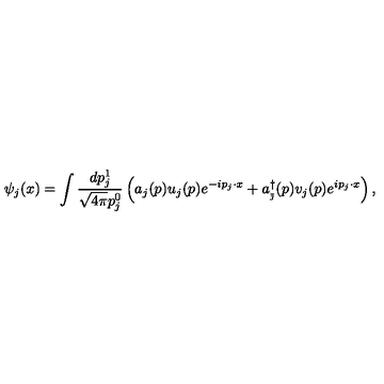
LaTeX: \psi _ { j } ( x ) = \int \frac { d p _ { j } ^ { 1 } } { \sqrt { 4 \pi } p _ { j } ^ { 0 } } \left( a _ { j } ( p ) u _ { j } ( p ) e ^ { - i p _ { j } \cdot x } + a _ { _ { \bar { \jmath } } } ^ { \dagger } ( p ) v _ { j } ( p ) e ^ { i p _ { j } \cdot x } \right) , \qquad